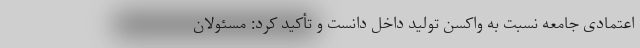
اعتمادی جامعه نسبت به واکسن تولید داخل دانست و تأکید کرد: مسئولان